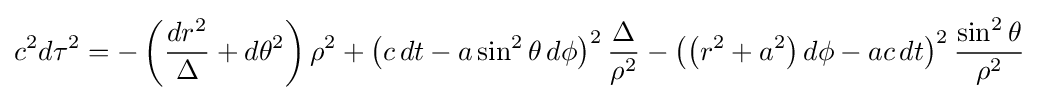
c^{2}d\tau ^{2}=-\left({\frac {dr^{2}}{\Delta }}+d\theta ^{2}\right)\rho ^{2}+\left(c\,dt-a\sin ^{2}\theta \,d\phi \right)^{2}{\frac {\Delta }{\rho ^{2}}}-\left(\left(r^{2}+a^{2}\right)d\phi -ac\,dt\right)^{2}{\frac {\sin ^{2}\theta }{\rho ^{2}}}